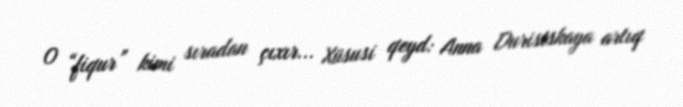
O “fiqur” kimi sıradan çıxır... Xüsusi qeyd: Anna Duristskaya artıq